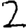
Digit: 2